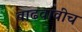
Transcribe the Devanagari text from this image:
वाढवावीच